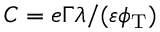
C = e \Gamma \lambda / ( \varepsilon \phi _ { \mathrm { T } } )